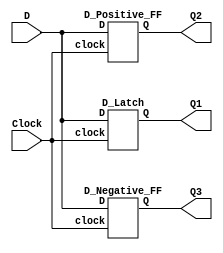
module storage_elements(D,Clock,Q1,Q2,Q3);

	input D,Clock;
	output Q1,Q2,Q3;

	D_Latch DL(D, Clock, Q1);
	D_Positive_FF DP(D, Clock, Q2);
	D_Negative_FF DN(D, Clock, Q3);

endmodule

module D_Latch(D, clock, Q);

	input D, clock;
	output reg Q;
	always @(D,clock)
		begin
			if (clock == 1) begin
				Q = D;
				end
		end

endmodule

module D_Positive_FF(D, clock, Q);
	input D, clock;
	output reg Q;
	always @(posedge clock)
		begin
			Q <= D;
		end
endmodule

module D_Negative_FF(D, clock, Q);

	input D, clock;
	output reg Q;
	always @(negedge clock)
		begin
			Q <= D;
		end

endmodule